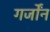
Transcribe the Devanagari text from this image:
गर्जोंन